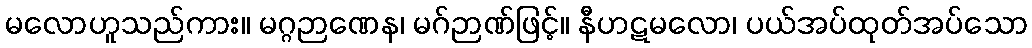
မလောဟူသည်ကား။ မဂ္ဂဉာဏေန၊ မဂ်ဉာဏ်ဖြင့်။ နီဟဋမလော၊ ပယ်အပ်ထုတ်အပ်သော